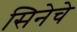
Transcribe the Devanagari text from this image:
सिनेचे